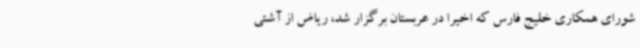
شورای همکاری خلیج فارس که اخیرا در عربستان برگزار شد، ریاض از آشتی